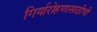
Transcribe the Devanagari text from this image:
गिर्यारोहणासाठीची